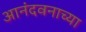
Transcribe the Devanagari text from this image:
आनंदवनाच्या